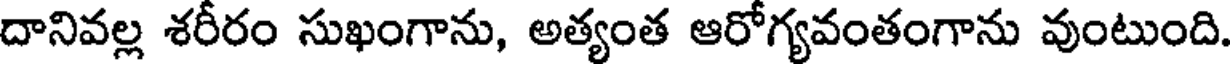
దానివల్ల శరీరం సుఖంగాను, అత్యంత ఆరోగ్యవంతంగాను వుంటుంది